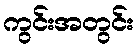
ကွင်းအတွင်း